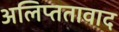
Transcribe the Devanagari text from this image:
अलिप्ततावाद